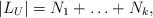
LaTeX: \begin{align*} |L_U| =N_1+\ldots+N_k,\end{align*}